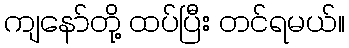
ကျနော်တို့ ထပ်ပြီး တင်ရမယ်။